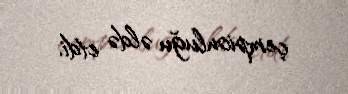
çempionluğu əldə etdi.